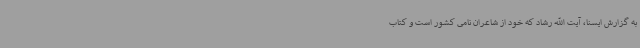
به گزارش ایسنا، آیت الله رشاد که خود از شاعران نامی کشور است و کتاب